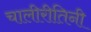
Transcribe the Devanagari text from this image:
चालीरीतिनी